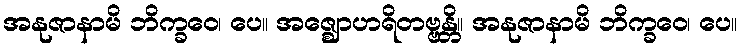
အနုဇာနာမိ ဘိက္ခဝေ၊ ပေ။ အဇ္ဈောဟရိတဗ္ဗန္တိ။ အနုဇာနာမိ ဘိက္ခဝေ၊ ပေ။